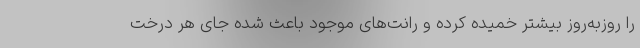
را روزبه‌روز بیشتر خمیده کرده و رانت‌های موجود باعث شده جای هر درخت